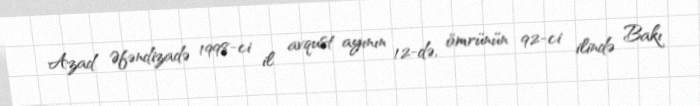
Azad Əfəndizadə 1998-ci il avqust ayının 12-də, ömrünün 92-ci ilində Bakı